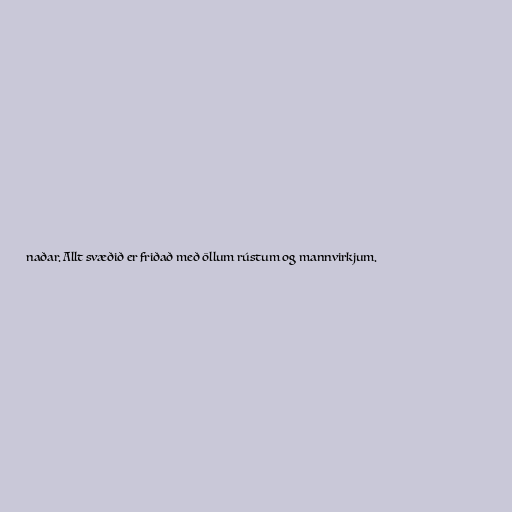
naðar. Allt svæðið er friðað með öllum rústum og mannvirkjum.